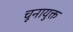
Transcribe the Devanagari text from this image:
चूनायुक्त